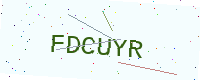
Text: FDCUYR